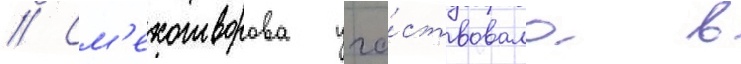
// См'ехотворова уча́ствовала в